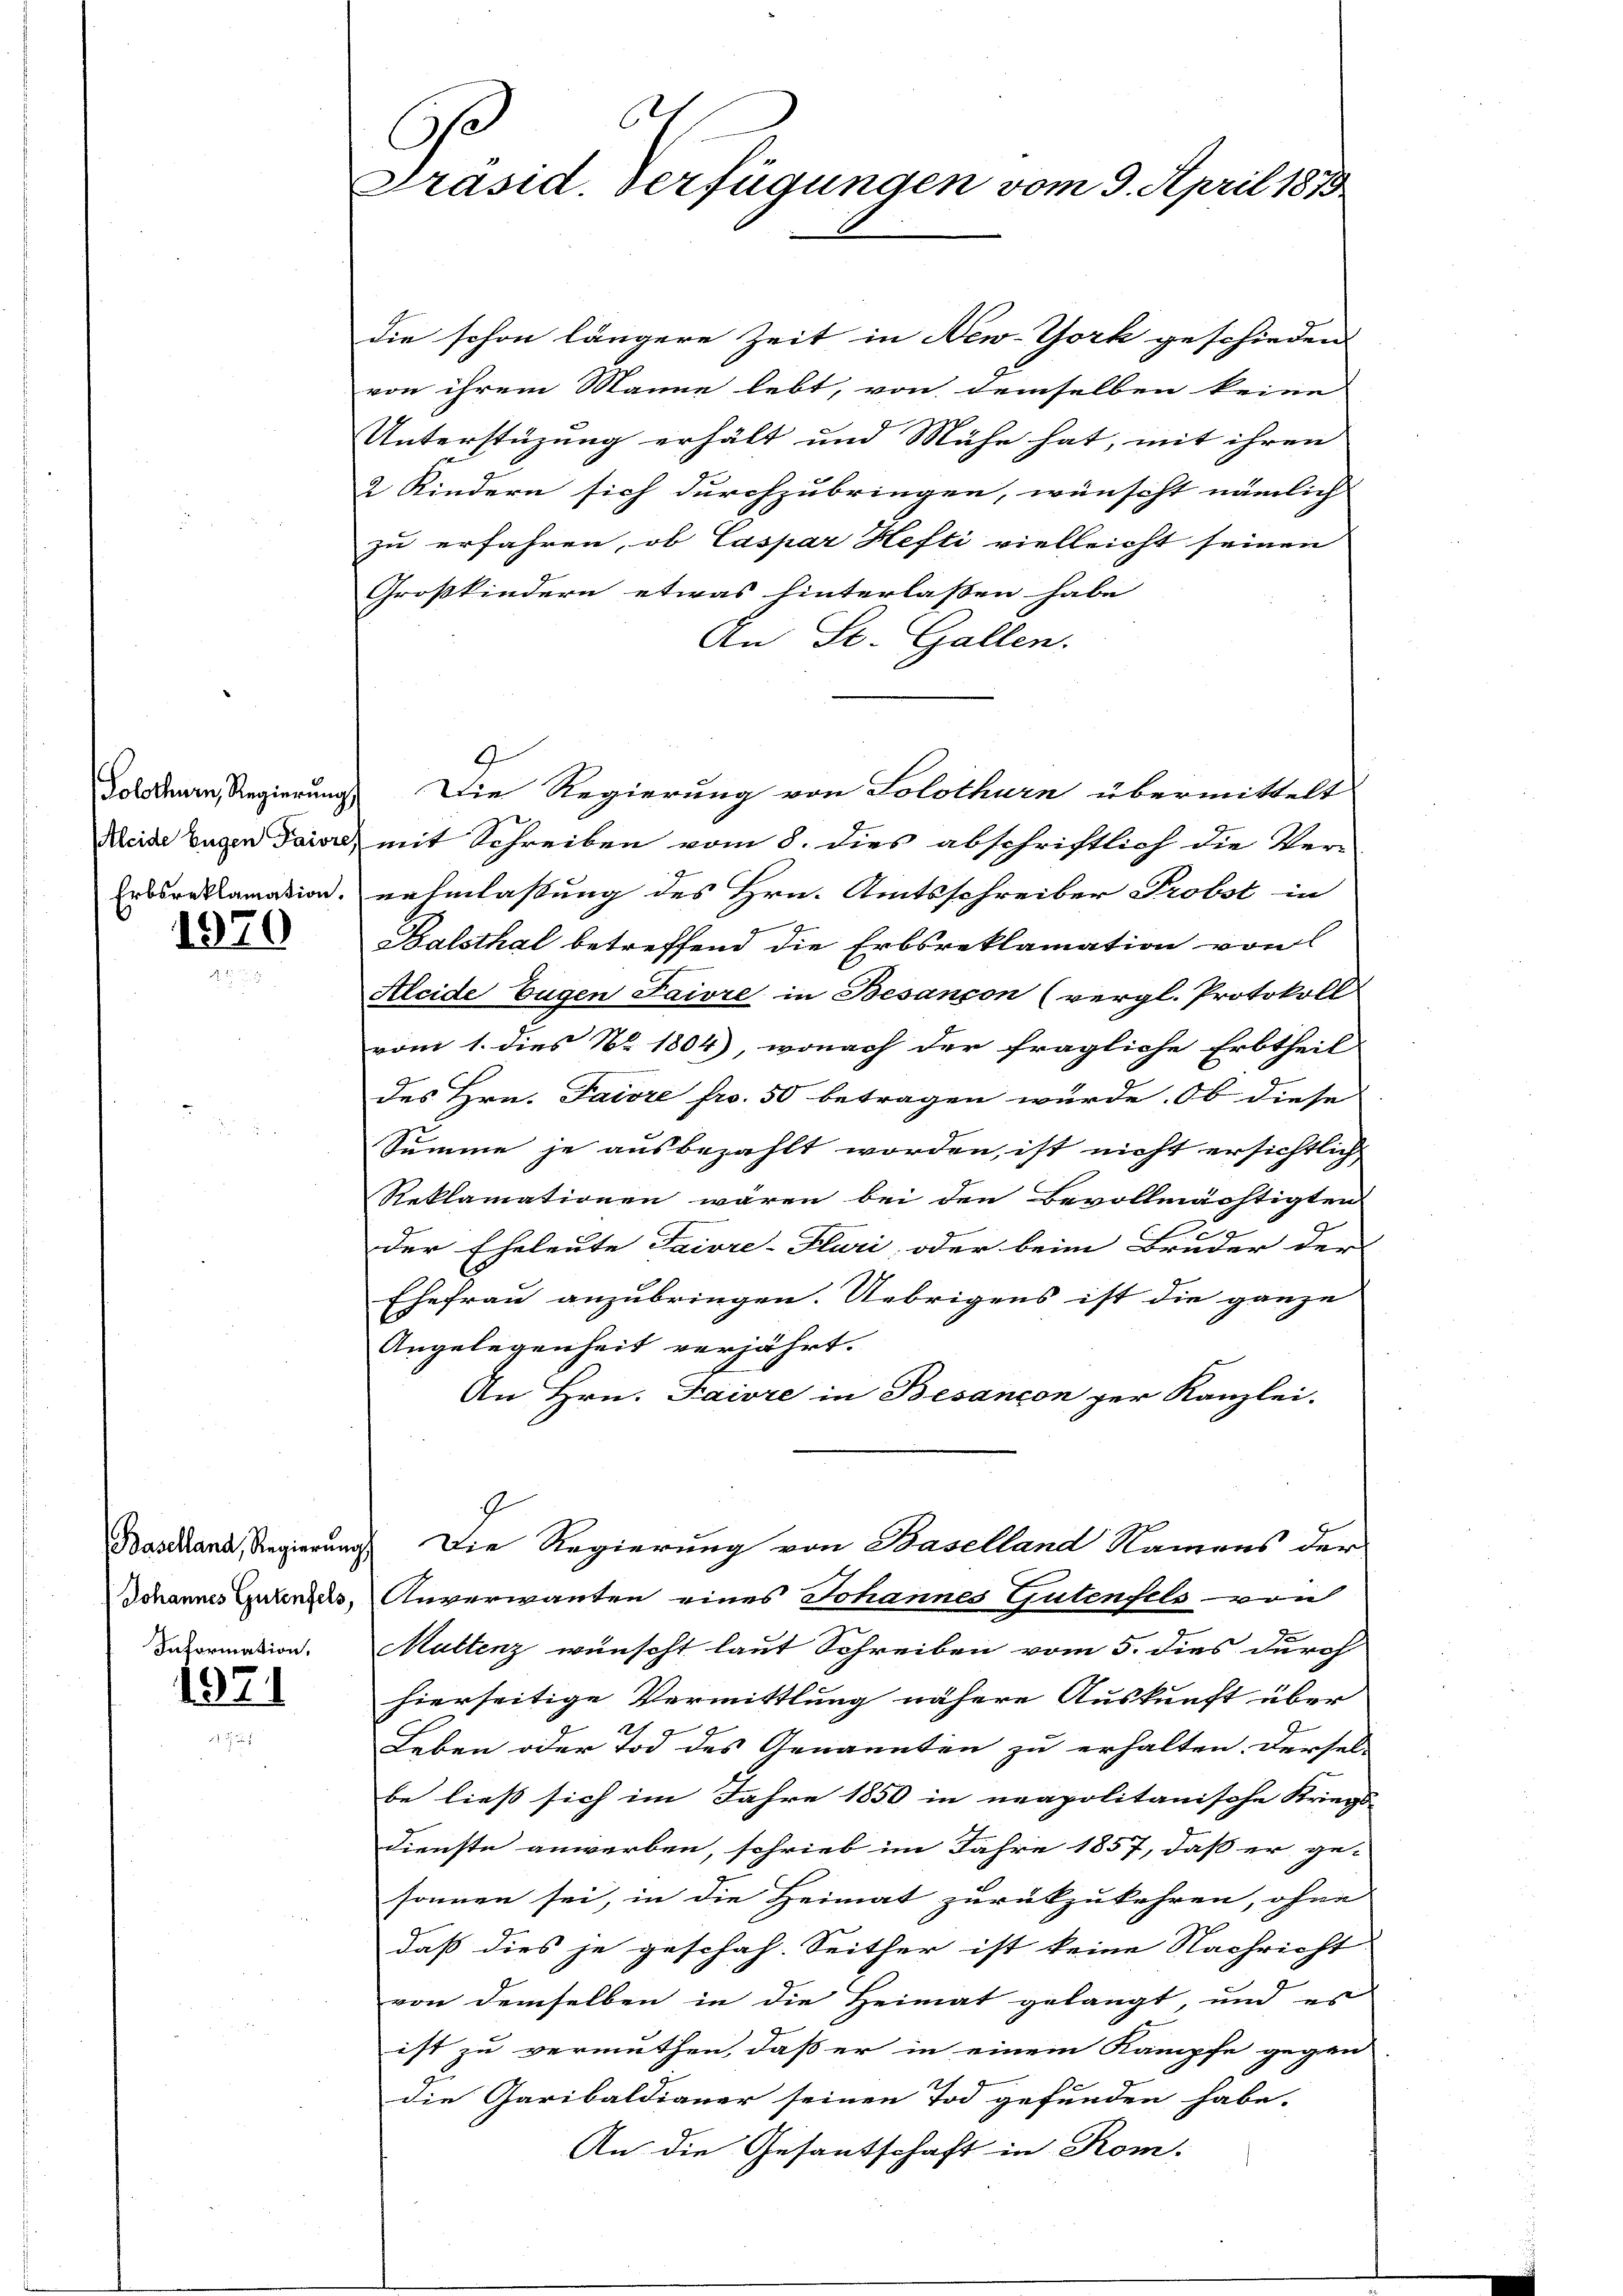
Solothurn, Regierung

1970

Baselland, Regierung
Information,

1971

.
G
Präsid. Verfügungen vom 9. April 1873

die schon längere Zeit in New-York geschieden
von ihrem Manne lebt, von demselben keine
Unterstüzung erhält und Mühe hat, mit ihren
2 Kindern sich durchzubringen, wünscht nämlich
zu erfahren, ob Caspar Hefti vielleicht seinen
Großkindern etwas hinterlassen habe
An St. Gallen.
Meide Eugen Baire mit Schreiben vom 8. dies abschriftlich die Ver-
Erbsreklamation nehmlassung des Hrn. Amtsschreiber Probst in
Balsthal betreffend die Erbsreklamation von
Aleide Eugen Laivre in Besançon (vergl. Protokoll
vom 1. dies No 1804), wonach der fragliche Erbtheil
des Hrn. Taiore fro. 50 betragen würde. Ob diese
Summe je ausbezahlt worden, ist nicht ersichtlich
Reklamationen wären bei den Bevollmächtigten
der Eheleute Faivre-Klari, oder beim Bruder der
Ehefrau anzubringen. Uebrigens ist die ganze
Angelegenheit verjährt.
An Hrn. Taivre in Besançon per Kanzlei.
G
Die Regierung von Baselland Namens der
Schannes Gutendes, Anverwanten eines Johannes Gutenfels von
Muttenz wünscht laut Schreiben vom 5. dies durch
hierseitige Vermittlung nähere Auskunft über
Leben oder Tod des Genannten zu erhalten. Dersel-
be ließ sich im Jahre 1850 in neapolitanische Kriegs-
dienste anwerben, schrieb im Jahre 1857, daß er ge-
sonnen sei, in die Heimat zurückzukehren, ohne
daß dies je geschah. Seither ist keine Nachricht
von demselben in die Heimat gelangt, und es
ist zu vermuthen, daß er in einem Kämpfe gegen
die Garibaldianer seinen Tod gefunden habe.
An die Gesantschaft in Rom.

Die Regierung von Solothurn übermittelt